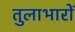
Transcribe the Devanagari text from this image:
तुलाभारों